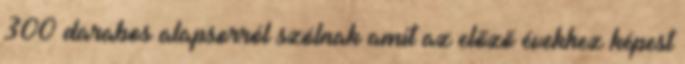
300 darabos alapsorról szólnak amit az előző évekhez képest